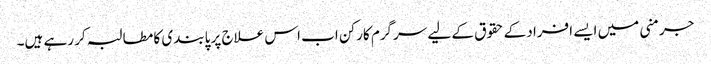
جرمنی میں ایسے افراد کے حقوق کے لیے سرگرم کارکن اب اس علاج پر پابندی کا مطالبہ کر رہے ہیں۔